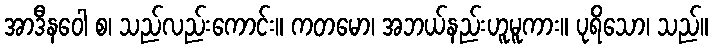
အာဒီနဝေါ စ၊ သည်လည်းကောင်း။ ကတမော၊ အဘယ်နည်းဟူမူကား။ ပုရိသော၊ သည်။